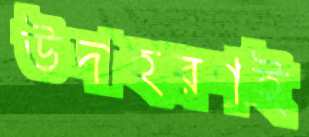
উদাহরণই